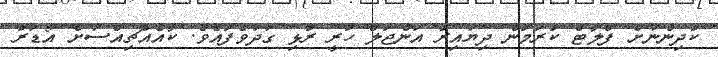
ކުދިންނަށް ފްލާޓް ކުރަމުން ދިޔައިރު އަންޖަލް ހުރީ ރުޅި ގަދަވެފައެވެ. ކާއެއްޗިއްސަަށް އޯޑަރު